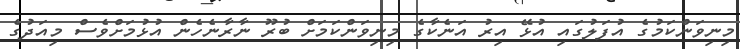
މިނިވަންކަމުގެ އުފަލުގައި އުޅޭ އިރު އަނެކާގެ މިނިވަންކަމަށް ބުރޫ ނާރާނެހެން އުޅުމަށްވެސް މިއަދުގެ